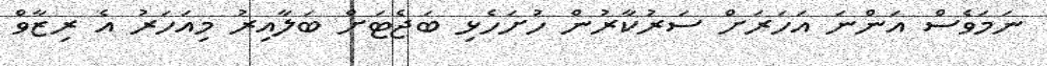
ނަމަވެސް އަންނަ އަހަރަށް ސަރުކާރުން ހުށަހެޅި ބަޖެޓަށް ބަލާއިރު މިއަހަރު އެ ރިޒާވް